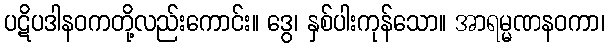
ပဋိပဒါနဝကတို့လည်းကောင်း။ ဒွေ၊ နှစ်ပါးကုန်သော။ အာရမ္မဏနဝကာ၊